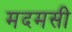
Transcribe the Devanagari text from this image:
मदमसी